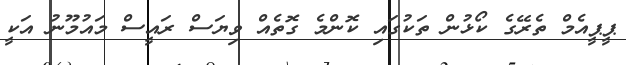
ޕީޕީއެމް ތެރޭގެ ކޯޅުން ތަކުގައި ކޮންމެ ގޮތެއް ވިޔަސް ރައީސް މައުމޫނު އަކީ